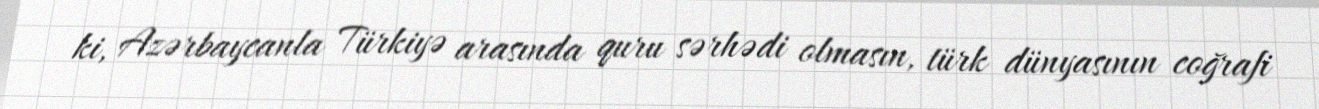
ki, Azərbaycanla Türkiyə arasında quru sərhədi olmasın, türk dünyasının coğrafi